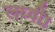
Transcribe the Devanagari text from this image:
लध्वी।